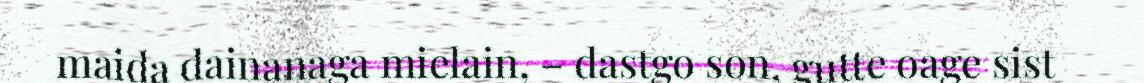
maida dainanaga mielain, – dastgo son, gutte oage sist